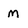
Character: m